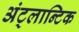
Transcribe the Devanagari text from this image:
अंट्लान्टिक